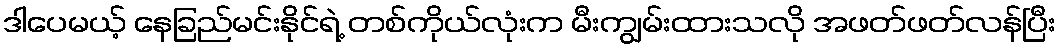
ဒါပေမယ့် နေခြည်မင်းနိုင်ရဲ့ တစ်ကိုယ်လုံးက မီးကျွမ်းထားသလို အဖတ်ဖတ်လန်ပြီး